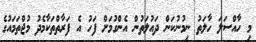
މި ހާއްސަލަ ހާލަތު ނިމުނުކަން ދައުލަތުން އެންގުމަށް ފަހު އެ ފަރާތްތަކާމެދު މުޖްތަމައުގެ